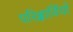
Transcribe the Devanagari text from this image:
परिक्षार्थियों